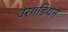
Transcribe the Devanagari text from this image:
वरगंडियन